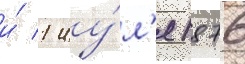
и́ 1 иу́л'я 1876